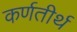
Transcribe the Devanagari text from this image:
कर्णतीर्थ